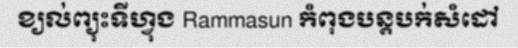
ខ្យល់ព្យុះទីហ្វុង Rammasun កំពុងបន្តបក់សំដៅ